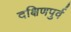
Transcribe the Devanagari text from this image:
दक्षिणपुर्व